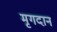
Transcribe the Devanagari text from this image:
मृगदान